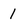
Character: 1